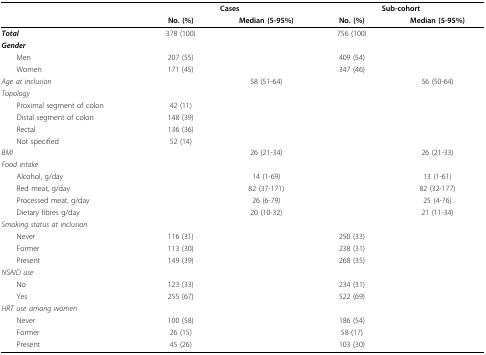
|  | <COLSPAN=2> Cases | <COLSPAN=2> Sub-cohort |
 |  | No. (%) | Median (5-95%) | No. (%) | Median (5-95%) |
 | --- | --- | --- | --- | --- |
 | Total | 378 (100) |  | 756 (100) |  |
 | Gender |  |  |  |  |
 | Men | 207 (55) |  | 409 (54) |  |
 | Women | 171 (45) |  | 347 (46) |  |
 | Age at inclusion |  | 58 (51-64) |  | 56 (50-64) |
 | Topology |  |  |  |  |
 | Proximal segment of colon | 42 (11) |  |  |  |
 | Distal segment of colon | 148 (39) |  |  |  |
 | Rectal | 136 (36) |  |  |  |
 | Not specified | 52 (14) |  |  |  |
 | BMI |  | 26 (21-34) |  | 26 (21-33) |
 | Food intake |  |  |  |  |
 | Alcohol, g/day |  | 14 (1-69) |  | 13 (1-61) |
 | Red meat, g/day |  | 82 (37-171) |  | 82 (32-177) |
 | Processed meat, g/day |  | 26 (6-79) |  | 25 (4-76) |
 | Dietary fibres g/day |  | 20 (10-32) |  | 21 (11-34) |
 | Smoking status at inclusion |  |  |  |  |
 | Never | 116 (31) |  | 250 (33) |  |
 | Former | 113 (30) |  | 238 (31) |  |
 | Present | 149 (39) |  | 268 (35) |  |
 | NSAID use |  |  |  |  |
 | No | 123 (33) |  | 234 (31) |  |
 | Yes | 255 (67) |  | 522 (69) |  |
 | HRT use among women |  |  |  |  |
 | Never | 100 (58) |  | 186 (54) |  |
 | Former | 26 (15) |  | 58 (17) |  |
 | Present | 45 (26) |  | 103 (30) |  |